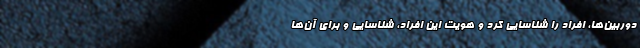
دوربین‌ها، افراد را شناسایی کرد و هویت این افراد، شناسایی و برای آن‌ها